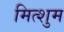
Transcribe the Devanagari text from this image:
मित्शुम